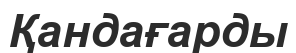
Қандағарды